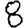
Digit: 8